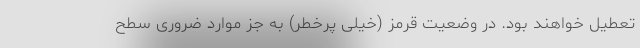
تعطیل خواهند بود. در وضعیت قرمز (خیلی پرخطر) به جز موارد ضروری سطح